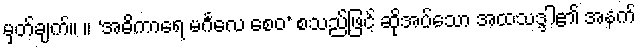
မှတ်ချက်။ ။ ‘အဓိကာရေ မင်္ဂလေ စေဝ’ စသည်ဖြင့် ဆိုအပ်သော အထသဒ္ဒါ၏ အနက်